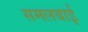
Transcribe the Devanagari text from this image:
समलबाई